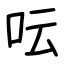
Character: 呍